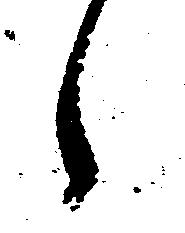
々